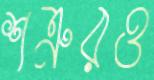
শত্রুরও